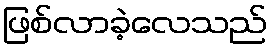
ဖြစ်လာခဲ့လေသည်